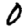
Digit: 0